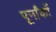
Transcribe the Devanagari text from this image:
पूर्नांकों